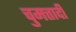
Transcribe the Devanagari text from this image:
चुमत्तादी